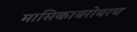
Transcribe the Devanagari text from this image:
मासिकाबरोबरच